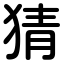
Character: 猜